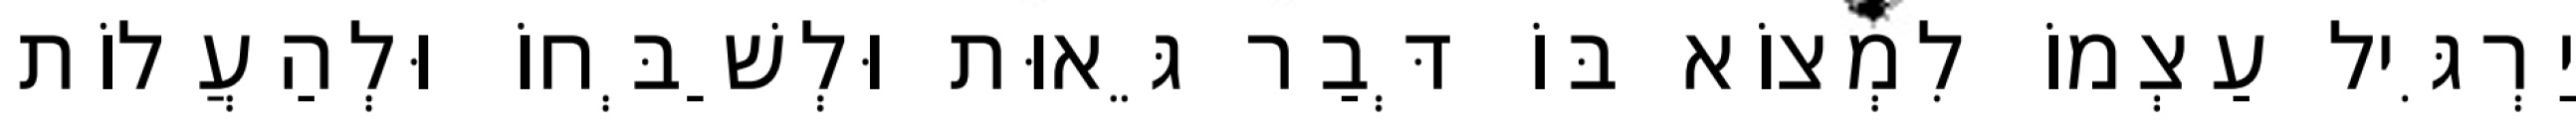
יַרְגִּיל עַצְמוֹ לִמְצוֹא בּוֹ דְּבַר גֵּאוּת וּלְשַׁבְּחוֹ וּלְהַעֲלוֹת